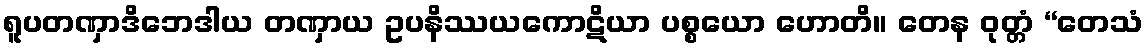
ရူပတဏှာဒိဘေဒါယ တဏှာယ ဥပနိဿယကောဋိယာ ပစ္စယော ဟောတိ။ တေန ဝုတ္တံ “တေသံ